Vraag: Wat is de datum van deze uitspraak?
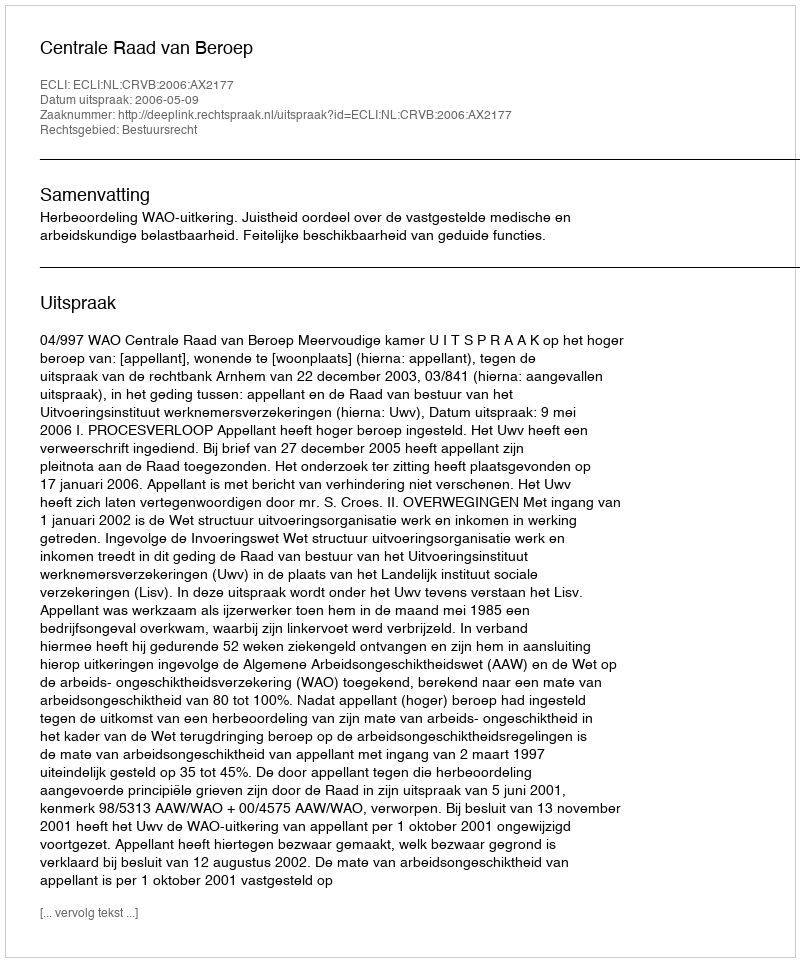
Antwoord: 2006-05-09